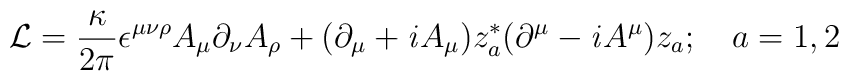
{\cal L} = \frac{\kappa}{2\pi} \epsilon^{\mu \nu \rho}            A_{\mu} \partial_{\nu} A_{\rho}             + (\partial_{\mu} + {\it i} A_{\mu}) z^*_a             (\partial^{\mu} - {\it i}             A^{\mu}) z_a ;~~~ a = 1,2